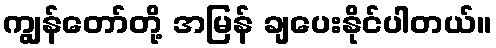
ကျွန်တော်တို့ အမြန် ချပေးနိုင်ပါတယ်။